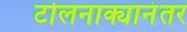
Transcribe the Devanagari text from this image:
टोलनाक्यानंतर